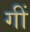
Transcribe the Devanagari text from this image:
गीं